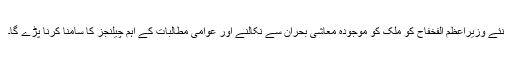
نئے وزیراعظم الفخفاح کو ملک کو موجودہ معاشی بحران سے نکالنے اور عوامی مطالبات کے اہم چیلنجز کا سامنا کرنا پڑے گا۔